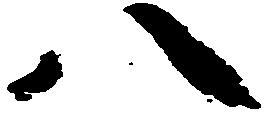
八